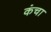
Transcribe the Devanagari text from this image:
कंचा